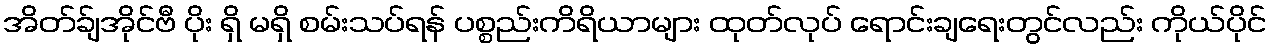
အိတ်ခ်ျအိုင်ဗီ ပိုး ရှိ မရှိ စမ်းသပ်ရန် ပစ္စည်းကိရိယာများ ထုတ်လုပ် ရောင်းချရေးတွင်လည်း ကိုယ်ပိုင်